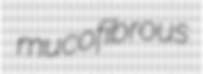
mucofibrous